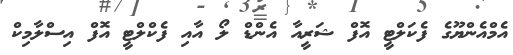
އެމްއެންޔޫގެ ފެކަލްޓީ އޮފް ޝަރީއާ އެންޑް ލޯ އާއި ފެކްލްޓީ އޮފް އިސްލާމިކް